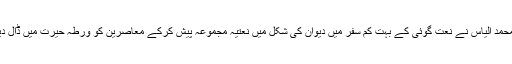
حافظ محمد الیاس نے نعت گوئی کے بہت کم سفر میں دیوان کی شکل میں نعتیہ مجموعہ پیش کرکے معاصرین کو ورطہ حیرت میں ڈال دیا ہے ۔